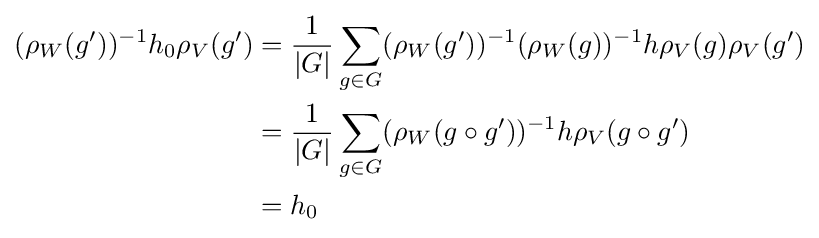
{\begin{aligned}(\rho _{W}(g'))^{-1}h_{0}\rho _{V}(g')&={\frac {1}{|G|}}\sum _{g\in G}(\rho _{W}(g'))^{-1}(\rho _{W}(g))^{-1}h\rho _{V}(g)\rho _{V}(g')\\&={\frac {1}{|G|}}\sum _{g\in G}(\rho _{W}(g\circ g'))^{-1}h\rho _{V}(g\circ g')\\&=h_{0}\end{aligned}}